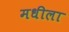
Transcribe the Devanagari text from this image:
मधीला